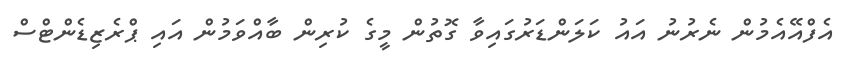
އެފްއޭއެމުން ނެރުނު އައު ކަލަންޑަރުގައިވާ ގޮތުން މީގެ ކުރިން ބާއްވަމުން އައި ޕްރެޒިޑެންޓްސް